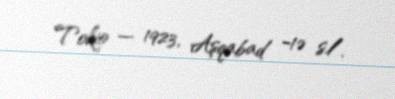
Tokio — 1923, Aşqabad −1ə s./.